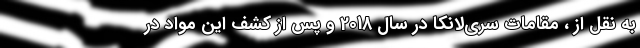
به نقل از ، مقامات سری‌لانکا در سال 2018 و پس از کشف این مواد در